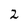
Character: 2